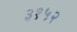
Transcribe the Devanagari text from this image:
३१५२